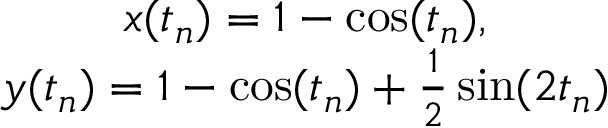
\begin{array} { c } { x ( t _ { n } ) = 1 - \cos ( t _ { n } ) , } \\ { y ( t _ { n } ) = 1 - \cos ( t _ { n } ) + \frac { 1 } { 2 } \sin ( 2 t _ { n } ) } \end{array}